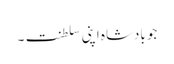
جو بادشاہ اپنی سلطنت۔